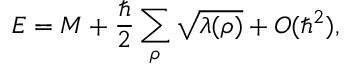
E = M + { \frac { \hbar } { 2 } } \sum _ { \rho } \sqrt { \lambda ( \rho ) } + O ( \hbar ^ { 2 } ) ,